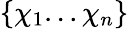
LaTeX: \{ \chi_{1}...\chi_{n}\}